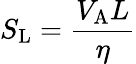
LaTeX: S_{\mathrm{{L}}}=\frac{V_{\mathrm{{A}}}L}{\eta}